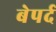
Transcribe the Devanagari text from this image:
बेपर्द